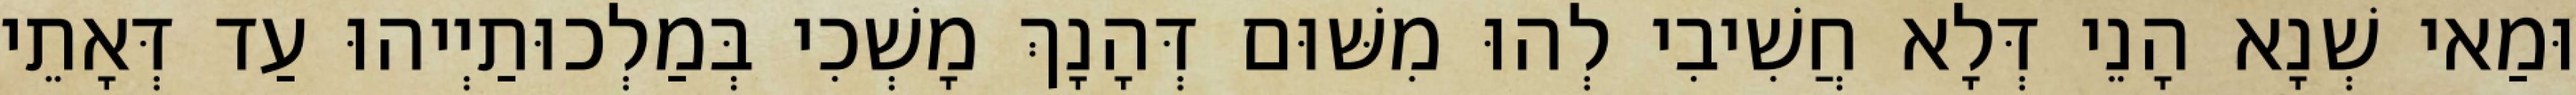
וּמַאי שְׁנָא הָנֵי דְּלָא חֲשִׁיבִי לְהוּ מִשּׁוּם דְּהָנָךְ מָשְׁכִי בְּמַלְכוּתַיְיהוּ עַד דְּאָתֵי